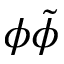
\phi \tilde { \phi }